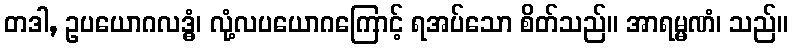
တဒါ, ဥပယောဂလဒ္ဓံ၊ လုံ့လပယောဂကြောင့် ရအပ်သော စိတ်သည်။ အာရမ္မဏံ၊ သည်။